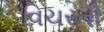
વિચરતી